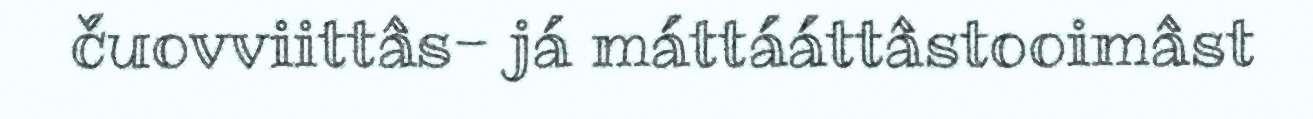
čuovviittâs- já máttááttâstooimâst